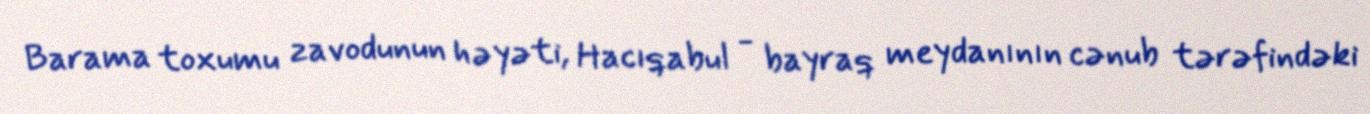
Barama toxumu zavodunun həyəti, Hacıqabul - bayraq meydanının cənub tərəfindəki